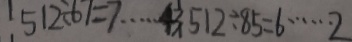
5 1 2 \div 6 7 = 7 \cdots 4 3 5 1 2 \div 8 5 = 6 \cdots 2